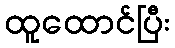
ထူထောင်ပြီး